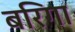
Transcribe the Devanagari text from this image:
बरिगा